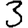
Digit: 3